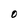
Character: O